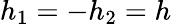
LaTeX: h_{1}=-h_{2}=h